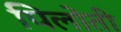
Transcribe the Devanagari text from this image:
पिलोती